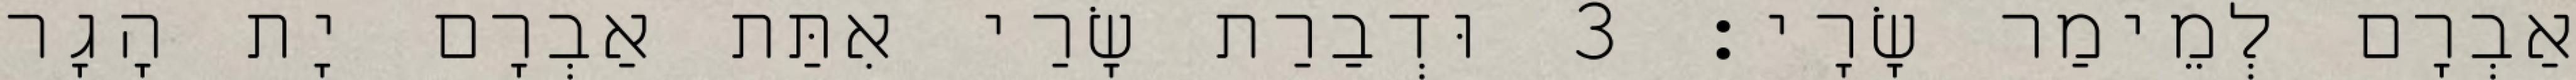
אַבְרָם לְמֵימַר שָׂרָי׃ 3 וּדְבַרַת שָׂרַי אִתַּת אַבְרָם יָת הָגָר